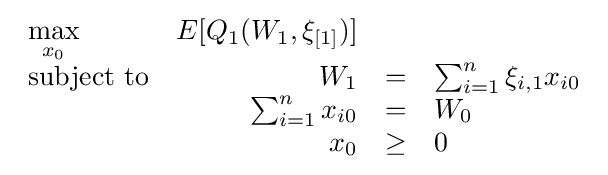
{\begin{array}{lrclr}\max \limits _{x_{0}}&E[Q_{1}(W_{1},\xi _{[1]})]&\\{\text{subject to}}&W_{1}&=&\sum _{i=1}^{n}\xi _{i,1}x_{i0}\\&\sum _{i=1}^{n}x_{i0}&=&W_{0}\\&x_{0}&\geq &0\end{array}}